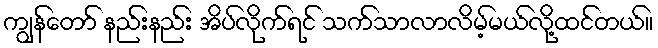
ကျွန်တော် နည်းနည်း အိပ်လိုက်ရင် သက်သာလာလိမ့်မယ်လို့ထင်တယ်။